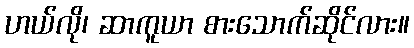
ဟယ်လို၊ ဆာကူယာ စားသောက်ဆိုင်လား။